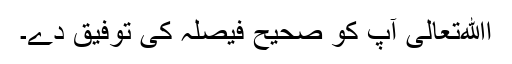
اﷲتعالیٰ آپ کو صحیح فیصلہ کی توفیق دے۔